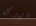
باروكة